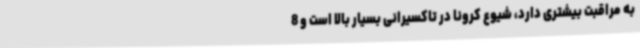
به مراقبت بیشتری دارد، شیوع کرونا در تاکسیرانی بسیار بالا است و 8